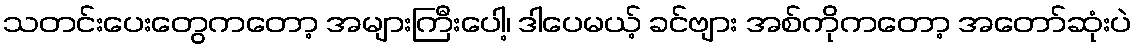
သတင်းပေးတွေကတော့ အများကြီးပေါ့၊ ဒါပေမယ့် ခင်ဗျား အစ်ကိုကတော့ အတော်ဆုံးပဲ